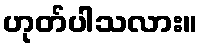
ဟုတ်ပါသလား။